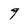
Character: 9